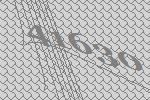
41630